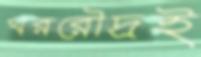
খররৌদ্রই